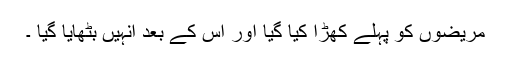
مریضوں کو پہلے کھڑا کیا گیا اور اس کے بعد انہیں بٹھایا گیا ۔